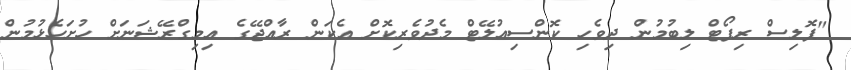
"ޕޮލިސް ރިޕޯޓް ލިބުމުން ދިވެހި ކޮންސިއުލޭޓް މެދުވެރިކޮށް އެކަން ރާއްޖޭގެ އިމިގްރޭޝަނަށް ހުށަހެޅުމުން